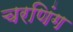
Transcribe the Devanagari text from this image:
चरणिंग